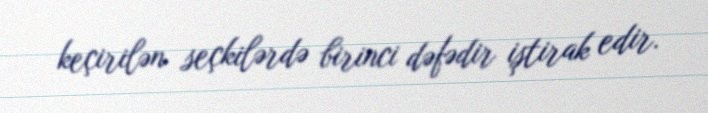
keçirilən seçkilərdə birinci dəfədir iştirak edir.